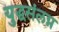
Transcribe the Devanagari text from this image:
युद्धसंलग्न